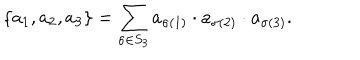
\{ a _ { 1 } , a _ { 2 } , a _ { 3 } \} = \sum _ { \sigma \in S _ { 3 } } a _ { \sigma ( 1 ) } \cdot a _ { \sigma ( 2 ) } \cdot a _ { \sigma ( 3 ) } .